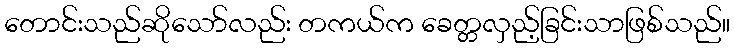
တောင်းသည်ဆိုသော်လည်း တကယ်က ခေတ္တလှည့်ခြင်းသာဖြစ်သည်။